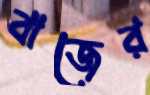
বাজের